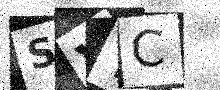
Text: SVTC